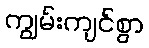
ကျွမ်းကျင်စွာ